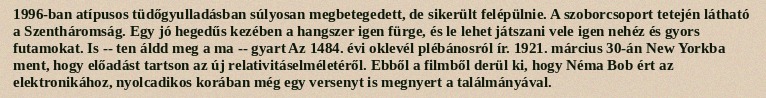
1996-ban atípusos tüdőgyulladásban súlyosan megbetegedett, de sikerült felépülnie. A szoborcsoport tetején látható a Szentháromság. Egy jó hegedűs kezében a hangszer igen fürge, és le lehet játszani vele igen nehéz és gyors futamokat. Is -- ten áldd meg a ma -- gyart Az 1484. évi oklevél plébánosról ír. 1921. március 30-án New Yorkba ment, hogy előadást tartson az új relativitáselméletéről. Ebből a filmből derül ki, hogy Néma Bob ért az elektronikához, nyolcadikos korában még egy versenyt is megnyert a találmányával.